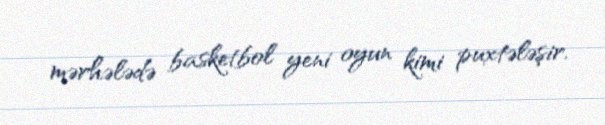
mərhələdə basketbol yeni oyun kimi puxtələşir.